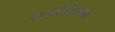
તરછોડનાર